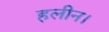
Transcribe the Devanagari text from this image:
हलीन।